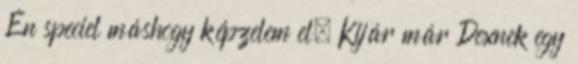
Én speciel máshogy képzelem el. Kijár már Dexnek egy